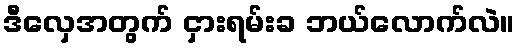
ဒီလှေအတွက် ငှားရမ်းခ ဘယ်လောက်လဲ။